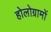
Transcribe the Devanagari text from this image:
होलोग्रामों